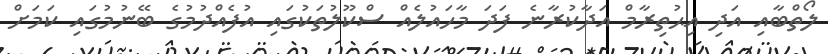
ލޯތްބާއި އަދި އިޙުތިރާމް އަދާކުރާނެ ފަދަ މާހައުލެއް ސްކޫލުތަކުގައި އުފެއްދުމުގެ ބޭނުމުގައި ކަމަށް